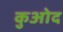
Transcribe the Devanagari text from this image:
कुओद